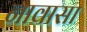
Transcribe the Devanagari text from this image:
नावासा